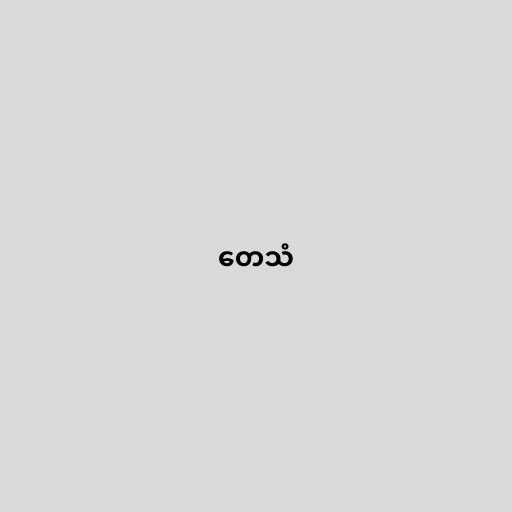
တေသံ